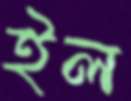
ইল